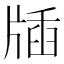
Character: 牐